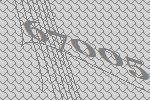
67005